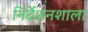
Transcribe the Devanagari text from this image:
निर्देशनशाला